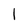
Character: 1